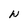
Character: N